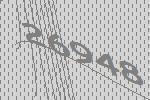
26948